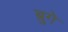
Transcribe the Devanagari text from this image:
ब्रुगे